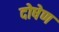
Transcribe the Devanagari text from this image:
दोषेण